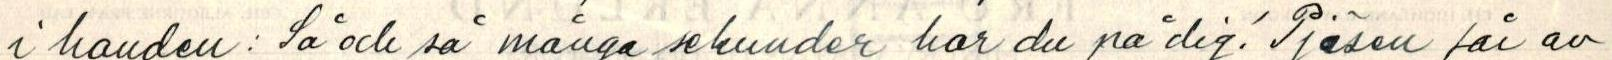
i handen: Så och så många sekunder har du på dig! Pjäsen får av